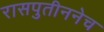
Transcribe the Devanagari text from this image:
रासपुतीननेच